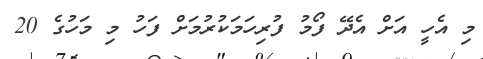
މި އެހީ އަށް އެދޭ ފޯމު ފުރިހަމަކުރުމަށް ފަހު މި މަހުގެ 20